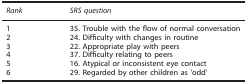
| Rank | SRS question |
 | --- | --- |
 | 1 | 35. Trouble with the flow of normal conversation |
 | 2 | 24. Difficulty with changes in routine |
 | 3 | 22. Appropriate play with peers |
 | 4 | 37. Difficulty relating to peers |
 | 5 | 16. Atypical or inconsistent eye contact |
 | 6 | 29. Regarded by other children as 'odd' |